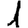
Digit: 1